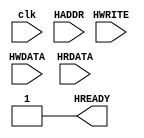
`timescale 1ns / 1ps


module single_port_ram(

    input clk,
    input [31:0] HADDR,
    input  HWRITE, //write_enable
    input  [31:0] HWDATA,
    //input data_in;
    input  [31:0] HRDATA,
  	
  	output reg HREADY = 1
    //reg
    //output [31:0]data_out
    );

reg [31:0] ram_memory[31:0]; // a 32 byte ( 32*8 bit)  RAM  



always@(posedge clk)
    
    begin
        if (HWRITE)
        ram_memory[HADDR] <= HWDATA;
    end 
        
        

assign data_out = ram_memory[HADDR];



endmodule